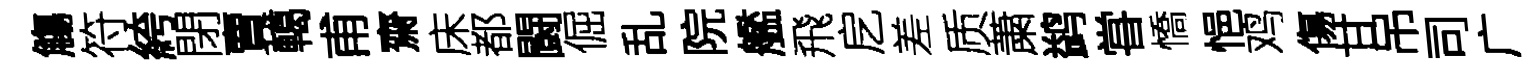
觴符絝閉賣轕甫齋床都闘倔乱院艦飛戹差质䔥鹢甞憍悒鸡傷甘吊司广